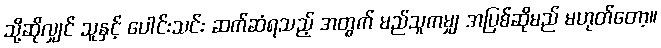
သို့ဆိုလျှင် သူနှင့် ပေါင်းသင်း ဆက်ဆံရသည့် အတွက် မည်သူကမျှ အပြစ်ဆိုမည် မဟုတ်တော့။